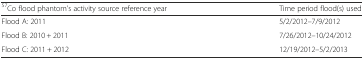
<table><thead><tr><td><b><sup>57</sup>Co flood phantom’s activity source reference year</b></td><td><b>Time period flood(s) used</b></td></tr></thead><tbody><tr><td>Flood A: 2011</td><td>5/2/2012–7/9/2012</td></tr><tr><td>Flood B: 2010 + 2011</td><td>7/26/2012–10/24/2012</td></tr><tr><td>Flood C: 2011 + 2012</td><td>12/19/2012–5/2/2013</td></tr></tbody></table>